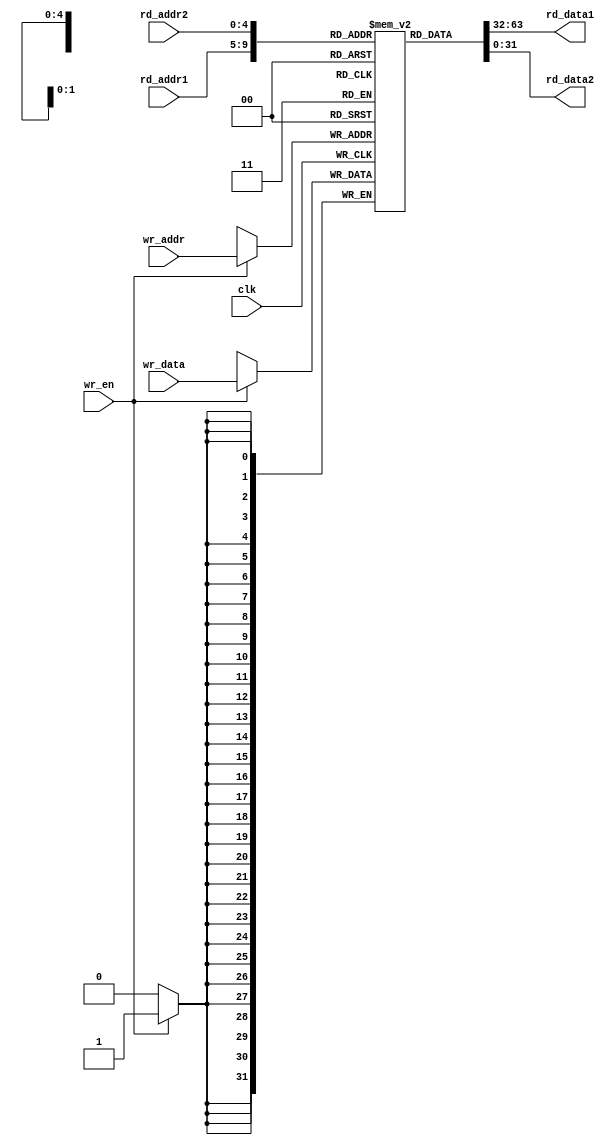
//THIS IS DATA STORAGE FILE 
module reg_file(
		input 			clk,
		input 	[4:0]	rd_addr1,
		input	[4:0]	rd_addr2,
		output	[31:0]	rd_data1,
		output	[31:0]	rd_data2,
		
		input	[4:0]	wr_addr,
		input			wr_en,
		input	[31:0]	wr_data
);

reg [31:0] regs[0:31];

always@(posedge clk)
	if(wr_en)	regs[wr_addr] <= wr_data;
		
assign	rd_data1 = regs[rd_addr1];
assign	rd_data2 = regs[rd_addr2];

endmodule